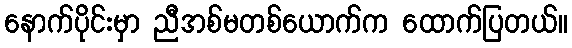
နောက်ပိုင်းမှာ ညီအစ်မတစ်ယောက်က ထောက်ပြတယ်။